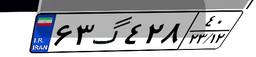
۶۳گ۴۲۸۴۰